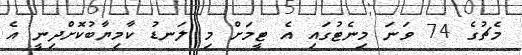
މެޗުގެ 74 ވަނަ މިނެޓުގައި އެ ޓީމަށް މި ލަނޑު ކާމިޔާބުކޮށްދިނީ އެ